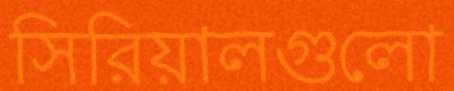
সিরিয়ালগুলো